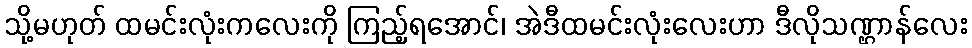
သို့မဟုတ် ထမင်းလုံးကလေးကို ကြည့်ရအောင်၊ အဲဒီထမင်းလုံးလေးဟာ ဒီလိုသဏ္ဌာန်လေး